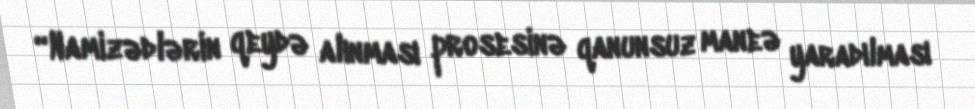
“Namizədlərin qeydə alınması prosesinə qanunsuz maneə yaradılması